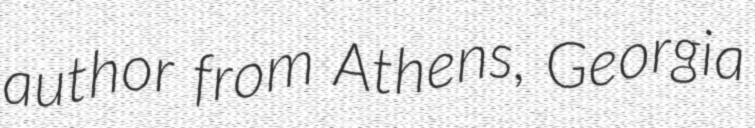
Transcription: author from Athens, Georgia